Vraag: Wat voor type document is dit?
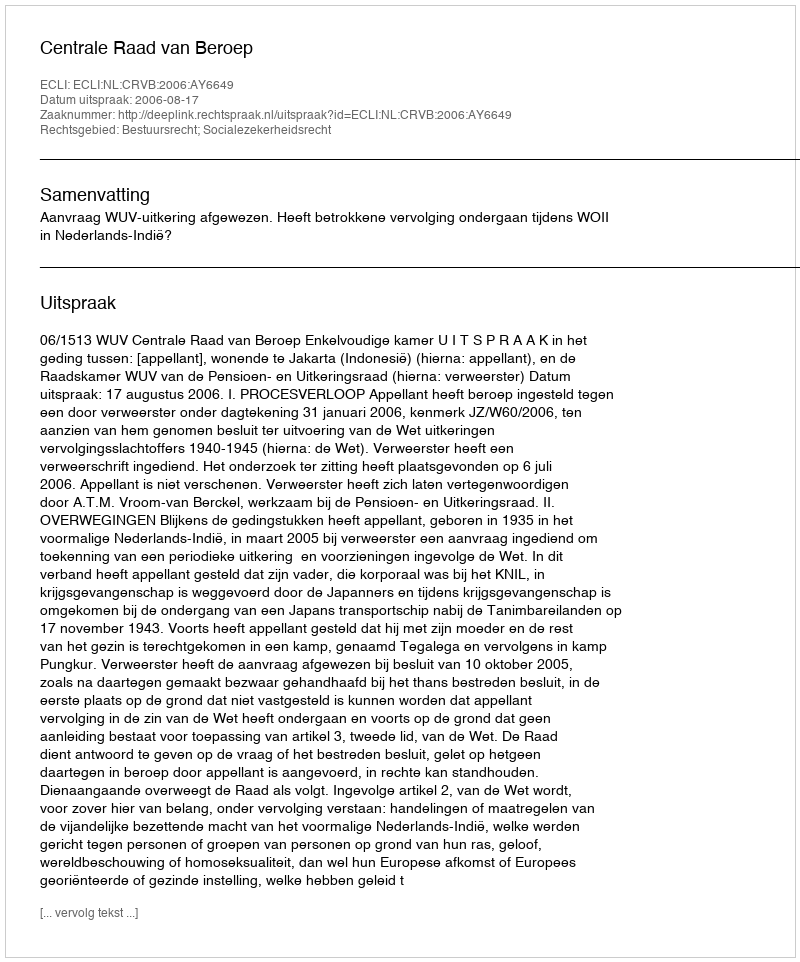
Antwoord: Uitspraak